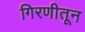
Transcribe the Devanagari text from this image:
गिरणीतून